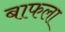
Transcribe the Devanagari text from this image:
बाफला